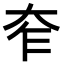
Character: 𡗸